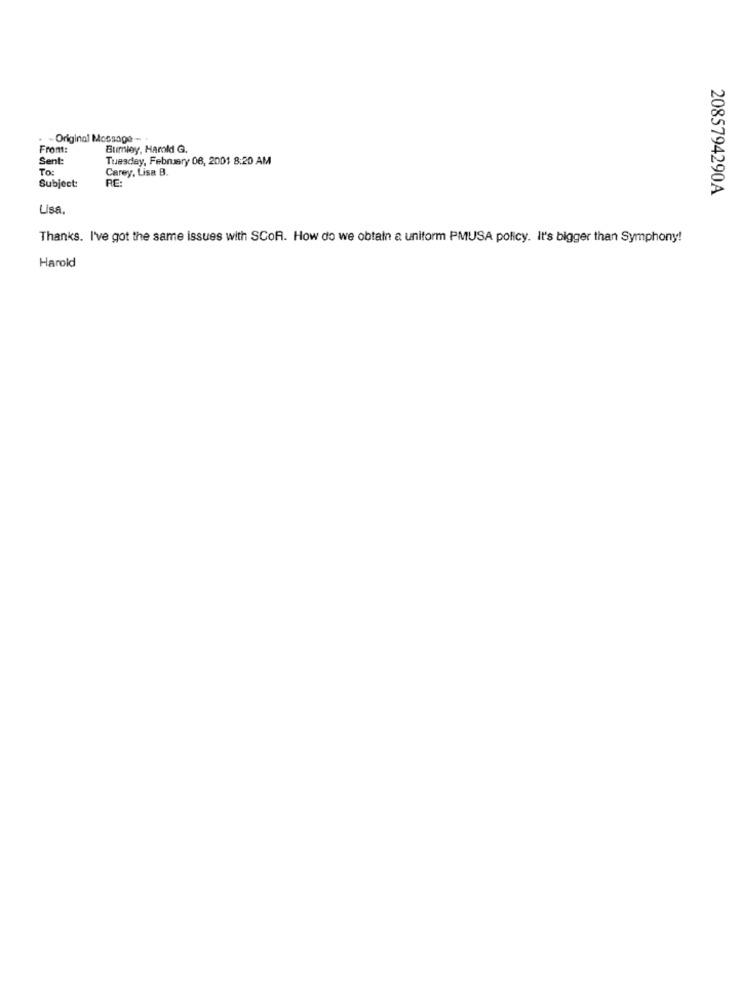
-Original Message -- .
From:
Burnley, Harold G.
Sent:
Tuesday, February 08, 2001 8:20 AM
To:
Carey, Lisa B.
Subject:
RE:
2085794290A
Usa.
Thanks. I've got the same issues with SCOR. How do we obtain a uniform PMUSA policy. It's bigger than Symphony!
Harold